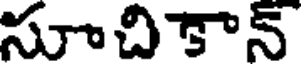
సూచికాన్